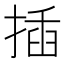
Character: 插